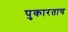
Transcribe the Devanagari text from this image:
पुकारताच